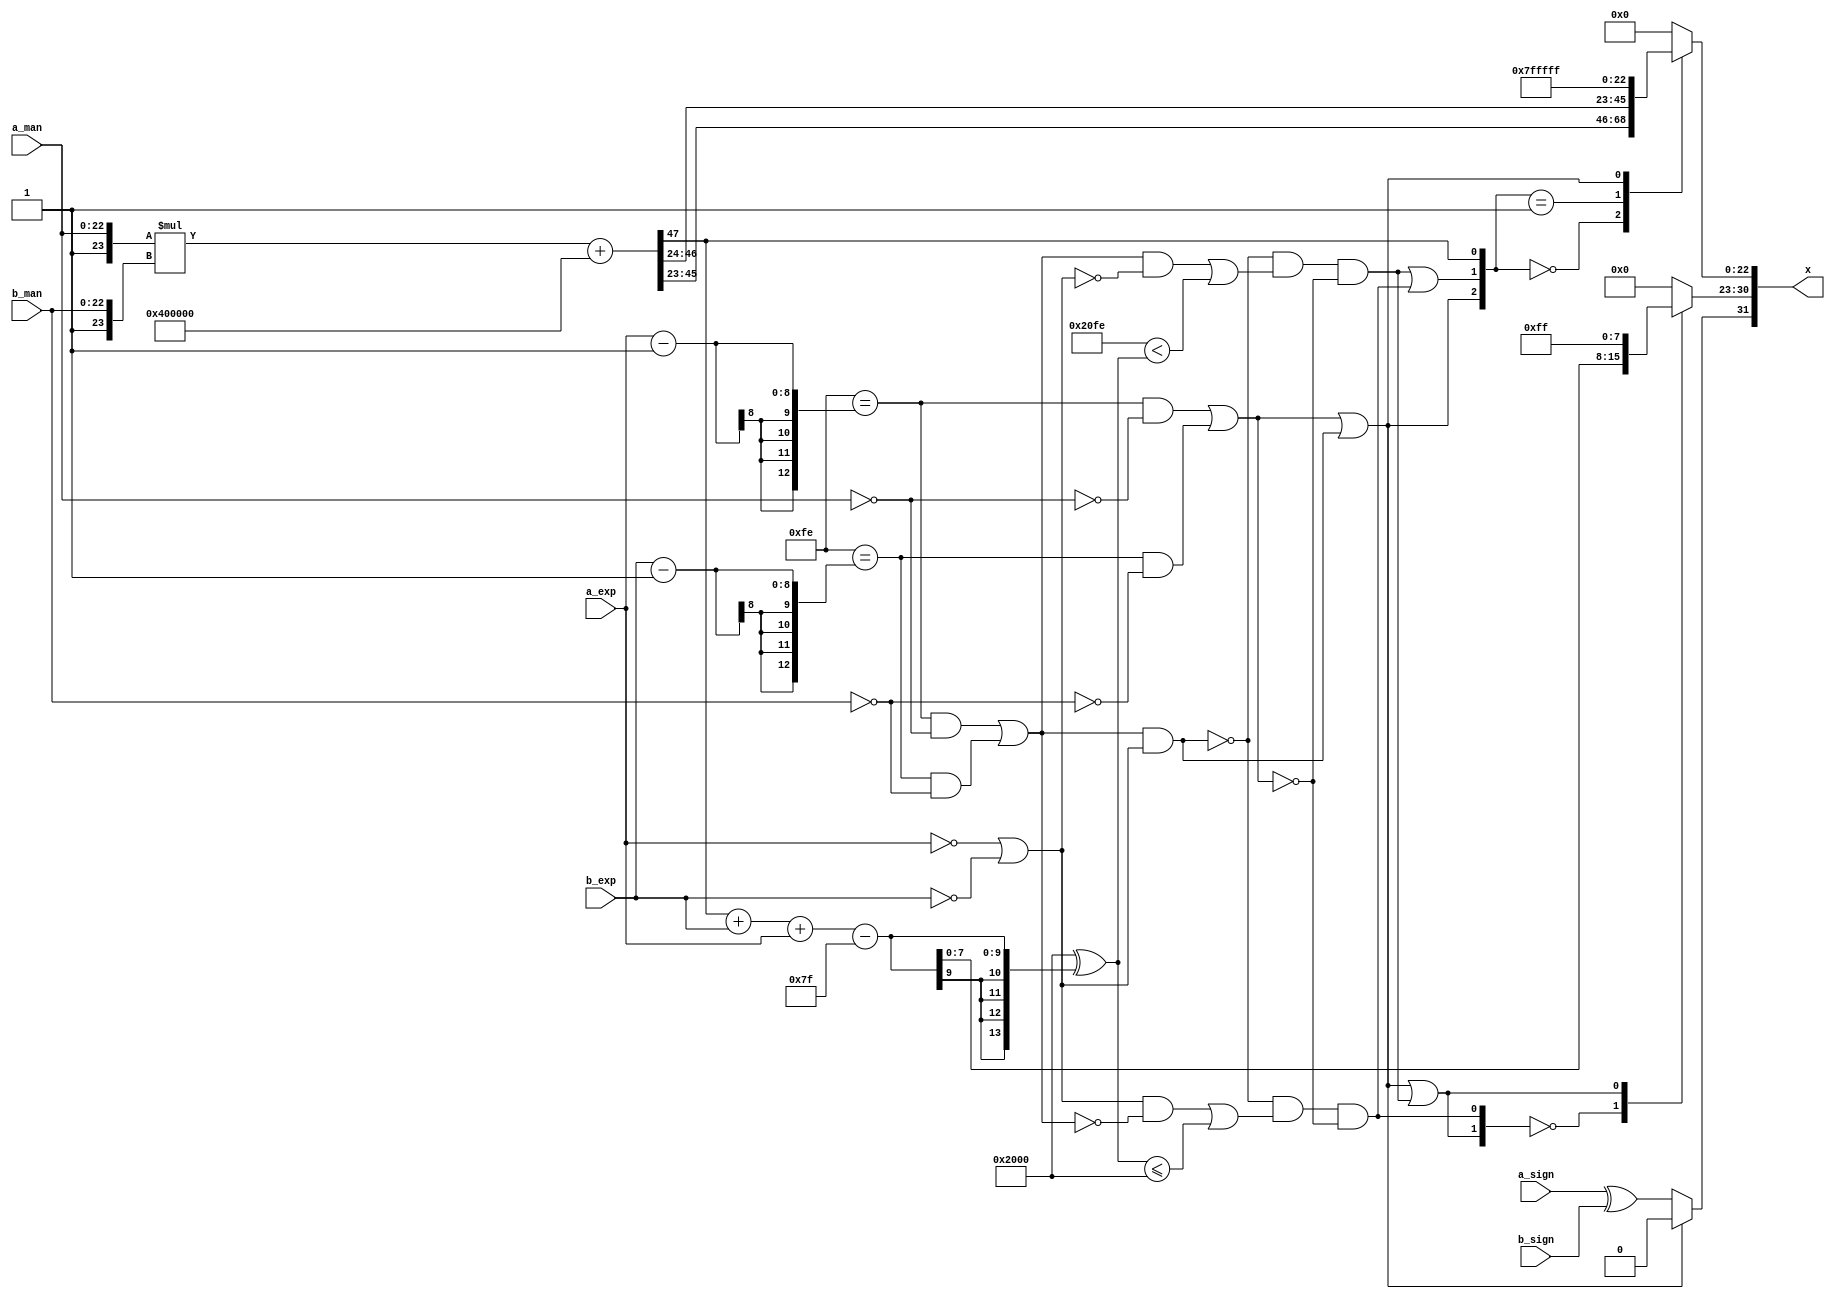
/*****************************************************************************
    Verilog RTL Description
    
    
    Created by: CellMath Designer 2019.1.01 
*******************************************************************************/

module DFT_compute_cynw_cm_float_mul_E8_M23_1 (
	a_sign,
	a_exp,
	a_man,
	b_sign,
	b_exp,
	b_man,
	x
	); /* architecture "behavioural" */ 
input  a_sign;
input [7:0] a_exp;
input [22:0] a_man;
input  b_sign;
input [7:0] b_exp;
input [22:0] b_man;
output [31:0] x;
wire [23:0] inst_cellmath__25,
	inst_cellmath__26;
wire  inst_cellmath__30,
	inst_cellmath__31,
	inst_cellmath__32,
	inst_cellmath__33,
	inst_cellmath__34,
	inst_cellmath__35,
	inst_cellmath__36,
	inst_cellmath__37,
	inst_cellmath__38,
	inst_cellmath__39;
wire [49:0] inst_i_mul_int_mult_datapath_prodSum;
wire [9:0] inst_cellmath__45;
wire  inst_cellmath__48,
	inst_cellmath__49,
	inst_cellmath__50,
	inst_cellmath__51,
	inst_cellmath__52,
	inst_cellmath__53;
wire [7:0] inst_cellmath__54;
wire [22:0] inst_cellmath__55;
wire [31:0] inst_cellmath__65;
wire [0:0] inst_cellmath__32__5,
	inst_cellmath__32__6,
	inst_cellmath__33__7,
	inst_cellmath__33__8,
	inst_cellmath__50__15,
	inst_cellmath__51__17,
	inst_cellmath__51__16,
	inst_cellmath__52__21,
	inst_cellmath__52__20,
	inst_cellmath__54__30,
	inst_cellmath__55__36;
wire [1:0] inst_cellmath__54__30_0;
wire [2:0] inst_cellmath__50_0;

assign inst_cellmath__32__5 = (13'B0000011111110==(a_exp - 13'B0000000000001));

assign inst_cellmath__32__6 = (27'B000000000000000000000000000==a_man);

assign inst_cellmath__34 = 
	(inst_cellmath__32__5)
	&((~inst_cellmath__32__6));

assign inst_cellmath__33__7 = (13'B0000011111110==(b_exp - 13'B0000000000001));

assign inst_cellmath__33__8 = (27'B000000000000000000000000000==b_man);

assign inst_cellmath__35 = 
	(inst_cellmath__33__7)
	&((~inst_cellmath__33__8));

assign inst_cellmath__38 = 
	(inst_cellmath__34)
	|(inst_cellmath__35);

assign inst_cellmath__32 = 
	(inst_cellmath__32__5)
	&(inst_cellmath__32__6);

assign inst_cellmath__33 = 
	(inst_cellmath__33__7)
	&(inst_cellmath__33__8);

assign inst_cellmath__37 = 
	(inst_cellmath__32)
	|(inst_cellmath__33);

assign inst_cellmath__30 = (12'B000000000000==a_exp);

assign inst_cellmath__31 = (12'B000000000000==b_exp);

assign inst_cellmath__36 = 
	(inst_cellmath__30)
	|(inst_cellmath__31);

assign inst_cellmath__50__15 = 
	(inst_cellmath__37)
	&(inst_cellmath__36);

assign inst_cellmath__50 = 
	(inst_cellmath__38)
	|(inst_cellmath__50__15);

assign inst_cellmath__52__21 = 
	(inst_cellmath__37)
	&((~inst_cellmath__36));

assign inst_cellmath__26 = {1'B1,b_man};

assign inst_cellmath__25 = {1'B1,a_man};

wire [47:0] inst_i_mul_int_mult_datapath_prodSum_tmp_0;
assign inst_i_mul_int_mult_datapath_prodSum_tmp_0 = 
	+(inst_cellmath__25 * inst_cellmath__26);
assign inst_i_mul_int_mult_datapath_prodSum[47:0] = inst_i_mul_int_mult_datapath_prodSum_tmp_0
	+(48'B000000000000000000000000010000000000000000000000);

wire [9:0] inst_cellmath__45_tmp_1;
wire [9:0] inst_cellmath__45_tmp_2;
assign inst_cellmath__45_tmp_2 = 
	+(inst_i_mul_int_mult_datapath_prodSum[47])
	+(b_exp);
assign inst_cellmath__45_tmp_1 = inst_cellmath__45_tmp_2
	+(a_exp);
assign inst_cellmath__45 = inst_cellmath__45_tmp_1
	-(10'B0001111111);

assign inst_cellmath__49 = ((14'B10000000000000 ^ 14'B00000011111110)<(14'B10000000000000 ^ {{4{inst_cellmath__45[9]}}, inst_cellmath__45}));

assign inst_cellmath__52__20 = 
	(inst_cellmath__52__21)
	|(inst_cellmath__49);

assign inst_cellmath__52 = 
	((~inst_cellmath__50__15))
	&(inst_cellmath__52__20)
	&((~inst_cellmath__38));

assign inst_cellmath__54__30 = 
	(inst_cellmath__50)
	|(inst_cellmath__52);

assign inst_cellmath__51__17 = 
	(inst_cellmath__36)
	&((~inst_cellmath__37));

assign inst_cellmath__48 = ((14'B10000000000000 ^ {{4{inst_cellmath__45[9]}}, inst_cellmath__45})<=(14'B10000000000000 ^ 14'B00000000000000));

assign inst_cellmath__51__16 = 
	(inst_cellmath__51__17)
	|(inst_cellmath__48);

assign inst_cellmath__51 = 
	((~inst_cellmath__50__15))
	&(inst_cellmath__51__16)
	&((~inst_cellmath__38));

assign inst_cellmath__54__30_0 = {inst_cellmath__54__30,inst_cellmath__51};

assign inst_cellmath__39 = 
	(a_sign)
	^(b_sign);

reg [0:0] inst_cellmath__53_tmp_3;
assign inst_cellmath__53 = inst_cellmath__53_tmp_3;
always @ (inst_cellmath__50 or inst_cellmath__39) begin
	case (inst_cellmath__50)
		1'B0 : inst_cellmath__53_tmp_3 = inst_cellmath__39 ;
		default : inst_cellmath__53_tmp_3 = {1{1'b0}} ;
	endcase
end

reg [7:0] inst_cellmath__54_tmp_4;
assign inst_cellmath__54 = inst_cellmath__54_tmp_4;
always @ (inst_cellmath__54__30_0 or inst_cellmath__45[7:0]) begin
	casez (inst_cellmath__54__30_0)
		2'B00 : inst_cellmath__54_tmp_4 = inst_cellmath__45[7:0] ;
		2'B1? : inst_cellmath__54_tmp_4 = 8'B11111111 ;
		default : inst_cellmath__54_tmp_4 = {8{1'b0}} ;
	endcase
end

assign inst_cellmath__55__36 = 
	(inst_cellmath__52)
	|(inst_cellmath__51);

assign inst_cellmath__50_0 = {inst_cellmath__50,inst_cellmath__55__36,inst_i_mul_int_mult_datapath_prodSum[47]};

reg [22:0] inst_cellmath__55_tmp_5;
assign inst_cellmath__55 = inst_cellmath__55_tmp_5;
always @ (inst_cellmath__50_0 or inst_i_mul_int_mult_datapath_prodSum[45:23] or inst_i_mul_int_mult_datapath_prodSum[46:24]) begin
	casez (inst_cellmath__50_0)
		3'B000 : inst_cellmath__55_tmp_5 = inst_i_mul_int_mult_datapath_prodSum[45:23] ;
		3'B001 : inst_cellmath__55_tmp_5 = inst_i_mul_int_mult_datapath_prodSum[46:24] ;
		3'B1?? : inst_cellmath__55_tmp_5 = 23'B11111111111111111111111 ;
		default : inst_cellmath__55_tmp_5 = {23{1'b0}} ;
	endcase
end

assign inst_cellmath__65 = {inst_cellmath__53,inst_cellmath__54,inst_cellmath__55};

assign x = inst_cellmath__65;
endmodule

/* CADENCE  vbH2SAva : u9/ySgnWtBlWxVPRXgAZ4Og= ** DO NOT EDIT THIS LINE ******/